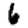
Digit: 6